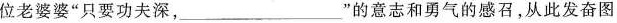
位老婆婆”只要功夫深，___”的意志和勇气的感召，从此发奋图